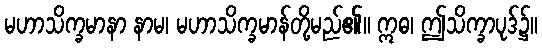
မဟာသိက္ခမာနာ နာမ၊ မဟာသိက္ခမာန်တို့မည်၏။ ဣဓ၊ ဤသိက္ခာပုဒ်၌။